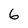
Character: 6